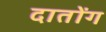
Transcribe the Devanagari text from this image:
दातोंग